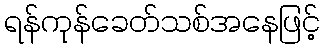
ရန်ကုန်ခေတ်သစ်အနေဖြင့်